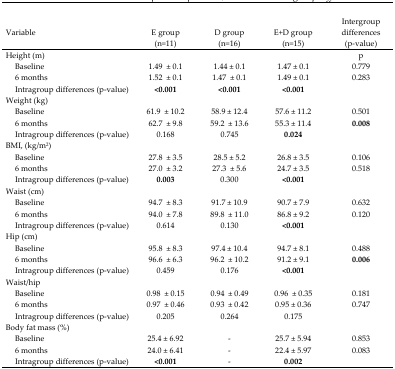
<table><thead><tr><td><b>Variable</b></td><td><b>E group (n=11)</b></td><td><b>D group (n=16)</b></td><td><b>E+D group (n=15)</b></td><td><b>Intergroup differences (p-value)</b></td></tr></thead><tbody><tr><td>Height (m)</td><td></td><td></td><td></td><td>P</td></tr><tr><td>Baseline</td><td>1.49 ± 0.1</td><td>1.44 ± 0.1</td><td>1.47 ± 0.1</td><td>0.779</td></tr><tr><td>6 months</td><td>1.52 ± 0.1</td><td>1.47 ± 0.1</td><td>1.49 ± 0.1</td><td>0.283</td></tr><tr><td>Intragroup differences (p-value)</td><td><b>&lt;0.001</b></td><td><b>&lt;0.001</b></td><td><b>&lt;0.001</b></td><td></td></tr><tr><td>Weight (kg)</td><td></td><td></td><td></td><td></td></tr><tr><td>Baseline</td><td>61.9 ± 10.2</td><td>58.9 ± 12.4</td><td>57.6 ± 11.2</td><td>0.501</td></tr><tr><td>6 months</td><td>62.7 ± 9.8</td><td>59.2 ± 13.6</td><td>55.3 ± 11.4</td><td><b>0.008</b></td></tr><tr><td>Intragroup differences (p-value)</td><td>0.168</td><td>0.745</td><td><b>0.024</b></td><td></td></tr><tr><td>BMI, (kg/m<sup>2</sup>)</td><td></td><td></td><td></td><td></td></tr><tr><td>Baseline</td><td>27.8 ± 3.5</td><td>28.5 ± 5.2</td><td>26.8 ± 3.5</td><td>0.106</td></tr><tr><td>6 months</td><td>27.0 ± 3.2</td><td>27.3 ± 5.6</td><td>24.7 ± 3.5</td><td>0.518</td></tr><tr><td>Intragroup differences (p-value)</td><td><b>0.003</b></td><td>0.300</td><td><b>&lt;0.001</b></td><td></td></tr><tr><td>Waist (cm)</td><td></td><td></td><td></td><td></td></tr><tr><td>Baseline</td><td>94.7 ± 8.3</td><td>91.7 ± 10.9</td><td>90.7 ± 7.9</td><td>0.632</td></tr><tr><td>6 months</td><td>94.0 ± 7.8</td><td>89.8 ± 11.0</td><td>86.8 ± 9.2</td><td>0.120</td></tr><tr><td>Intragroup differences (p-value)</td><td>0.614</td><td>0.130</td><td><b>&lt;0.001</b></td><td></td></tr><tr><td>Hip (cm)</td><td></td><td></td><td></td><td></td></tr><tr><td>Baseline</td><td>95.8 ± 8.3</td><td>97.4 ± 10.4</td><td>94.7 ± 8.1</td><td>0.488</td></tr><tr><td>6 months</td><td>96.6 ± 6.3</td><td>96.2 ± 10.2</td><td>91.2 ± 9.1</td><td><b>0.006</b></td></tr><tr><td>Intragroup differences (p-value)</td><td>0.459</td><td>0.176</td><td><b>&lt;0.001</b></td><td></td></tr><tr><td>Waist/hip</td><td></td><td></td><td></td><td></td></tr><tr><td>Baseline</td><td>0.98 ± 0.15</td><td>0.94 ± 0.49</td><td>0.96 ± 0.35</td><td>0.181</td></tr><tr><td>6 months</td><td>0.97 ± 0.46</td><td>0.93 ± 0.42</td><td>0.95 ± 0.36</td><td>0.747</td></tr><tr><td>Intragroup differences (p-value)</td><td>0.205</td><td>0.264</td><td>0.175</td><td></td></tr><tr><td>Body fat mass (%)</td><td></td><td></td><td></td><td></td></tr><tr><td>Baseline</td><td>25.4 ± 6.92</td><td>-</td><td>25.7 ± 5.94</td><td>0.853</td></tr><tr><td>6 months</td><td>24.0 ± 6.41</td><td>-</td><td>22.4 ± 5.97</td><td>0.083</td></tr><tr><td>Intragroup differences (p-value)</td><td><b>&lt;0.001</b></td><td>-</td><td><b>0.002</b></td><td></td></tr></tbody></table>